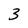
Character: 3